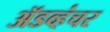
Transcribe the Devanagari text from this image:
ॲडव्हंचर